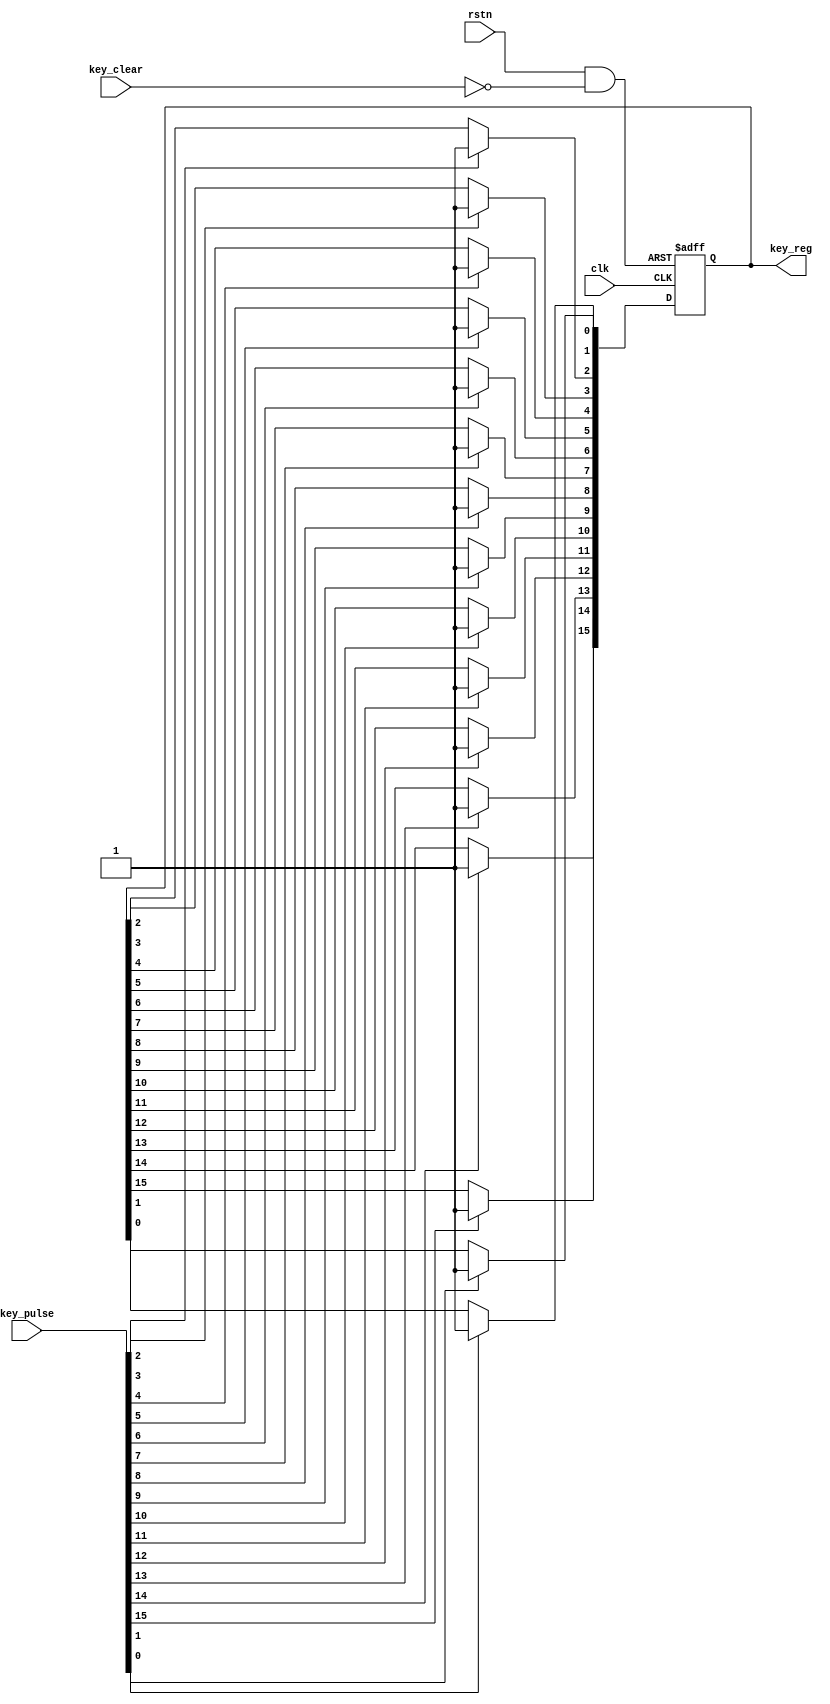
module Keyboard_reg (
    input                clk,
    input                rstn,
    input                key_clear,//
    input        [15:0]  key_pulse,
    output  reg  [15:0]  key_reg=0
);

wire clear;
assign clear = rstn && (!key_clear) ;


always @(posedge clk or negedge clear) begin
    if (!clear) begin
        key_reg <=0;
    end else begin
        if(key_pulse[15]) key_reg[15] <= 1'b1;
        if(key_pulse[14]) key_reg[14] <= 1'b1;
        if(key_pulse[13]) key_reg[13] <= 1'b1;
        if(key_pulse[12]) key_reg[12] <= 1'b1;
        if(key_pulse[11]) key_reg[11] <= 1'b1;
        if(key_pulse[10]) key_reg[10] <= 1'b1;
        if(key_pulse[9])  key_reg[9]  <= 1'b1;
        if(key_pulse[8])  key_reg[8]  <= 1'b1;
        if(key_pulse[7])  key_reg[7]  <= 1'b1;
        if(key_pulse[6])  key_reg[6]  <= 1'b1;
        if(key_pulse[5])  key_reg[5]  <= 1'b1;
        if(key_pulse[4])  key_reg[4]  <= 1'b1;
        if(key_pulse[3])  key_reg[3]  <= 1'b1;
        if(key_pulse[2])  key_reg[2]  <= 1'b1;
        if(key_pulse[1])  key_reg[1]  <= 1'b1;
        if(key_pulse[0])  key_reg[0]  <= 1'b1;       
    end
end

endmodule